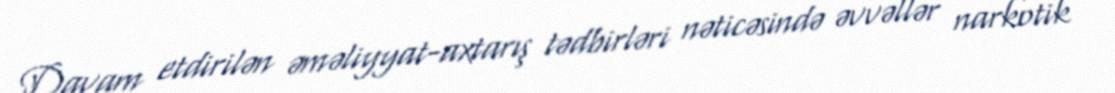
Davam etdirilən əməliyyat-axtarış tədbirləri nəticəsində əvvəllər narkotik